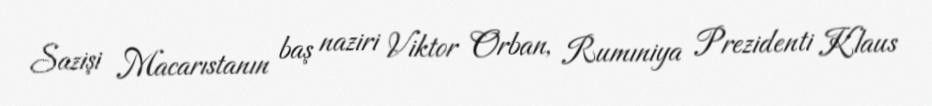
Sazişi Macarıstanın baş naziri Viktor Orban, Rumıniya Prezidenti Klaus